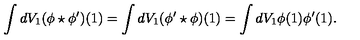
\int d V _ { 1 } ( \phi \star \phi ^ { \prime } ) ( 1 ) = \int d V _ { 1 } ( \phi ^ { \prime } \star \phi ) ( 1 ) = \int d V _ { 1 } \phi ( 1 ) \phi ^ { \prime } ( 1 ) .